Vaccination Hyderabad 1872-1889 - 1872-1889
Year: 1872
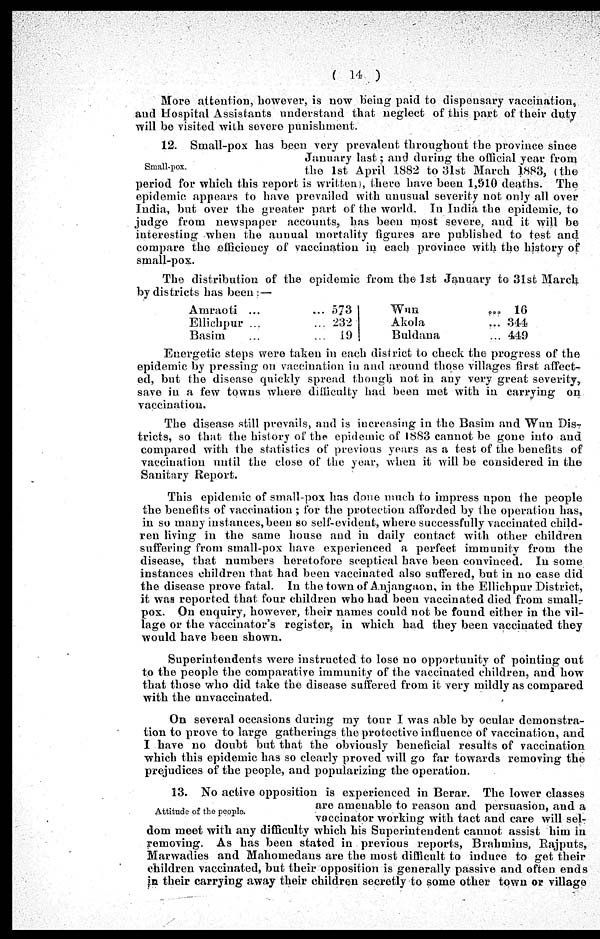
(14)
More attention, however, is now being paid to dispensary vaccination,
and Hospital Assistants understand that neglect of this part of their duty
will be visited with severe punishment.
Small-pox.
12. Small-pox has been very prevalent throughout the province since
January last; and during the official year from
the 1st April 1882 to 31st March 1883, (the
period for which this report is written), there have been 1,910 deaths. The
epidemic appears to have prevailed with unusual severity not only all over
India, but over the greater part of the world. In India the epidemic, to
judge from newspaper accounts, has been most severe, and it will be
interesting when the annual mortality figures are published to test and
compare the efficiency of vaccination in each province with the history of
small-pox.
The distribution of the epidemic from the 1st January to 31st March
by districts has been :—
Amraoti ... ...
Ellichpur ... ...
Basim ...
573
232
19
Wun
...
Akola
...
Buldana ...
16
344
449
Energetic steps were taken in each district to check the progress of the
epidemic by pressing on vaccination in and around those villages first affect-
ed, but the disease quickly spread though not in any very great severity,
save in a few towns where difficulty had been met with in carrying on
vaccination.
The disease still prevails, and is increasing in the Basim and Wun Dis-
tricts, so that the history of the epidemic of 1883 cannot be gone into and
compared with the statistics of previous years as a test of the benefits of
vaccination until the close of the year, when it will be considered in the
Sanitary Report.
This epidemic of small-pox has done much to impress upon the people
the benefits of vaccination ; for the protection afforded by the operation has,
in so many instances, been so self-evident, where successfully vaccinated child-
ren living in the same house and in daily contact with other children
suffering from small-pox have experienced a perfect immunity from the
disease, that numbers heretofore sceptical have been convinced. In some
instances children that had been vaccinated also suffered, but in no case did
the disease prove fatal. In the town of Anjangaon, in the Ellichpur District,
it was reported that four children who had been vaccinated died from small-
pox. On enquiry, however, their names could not be found either in the vil-
lage or the vaccinator's register, in which had they been vaccinated they
would have been shown.
Superintendents were instructed to lose no opportunity of pointing out
to the people the comparative immunity of the vaccinated children, and how
that those who did take the disease suffered from it very mildly as compared
with the unvaccinated.
On several occasions during my tour I was able by ocular demonstra-
tion to prove to large gatherings the protective influence of vaccination, and
I have no doubt but that the obviously beneficial results of vaccination
which this epidemic has so clearly proved will go far towards removing the
prejudices of the people, and popularizing the operation.
Attitude of the people.
13. No active opposition is experienced in Berar. The lower classes
are amenable to reason and persuasion, and a
vaccinator working with tact and care will sel-
dom meet with any difficulty which his Superintendent cannot assist him in
removing. As has been stated in previous reports, Brahmins, Rajputs,
Marwadies and Mahomedans are the most difficult to induce to get their
children vaccinated, but their opposition is generally passive and often ends
in their carrying away their children secretly to some other town or village